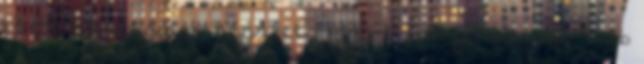
1.3 89-01 tárcsafék készlet 14990Ft 2db féktárcsa, 4 db